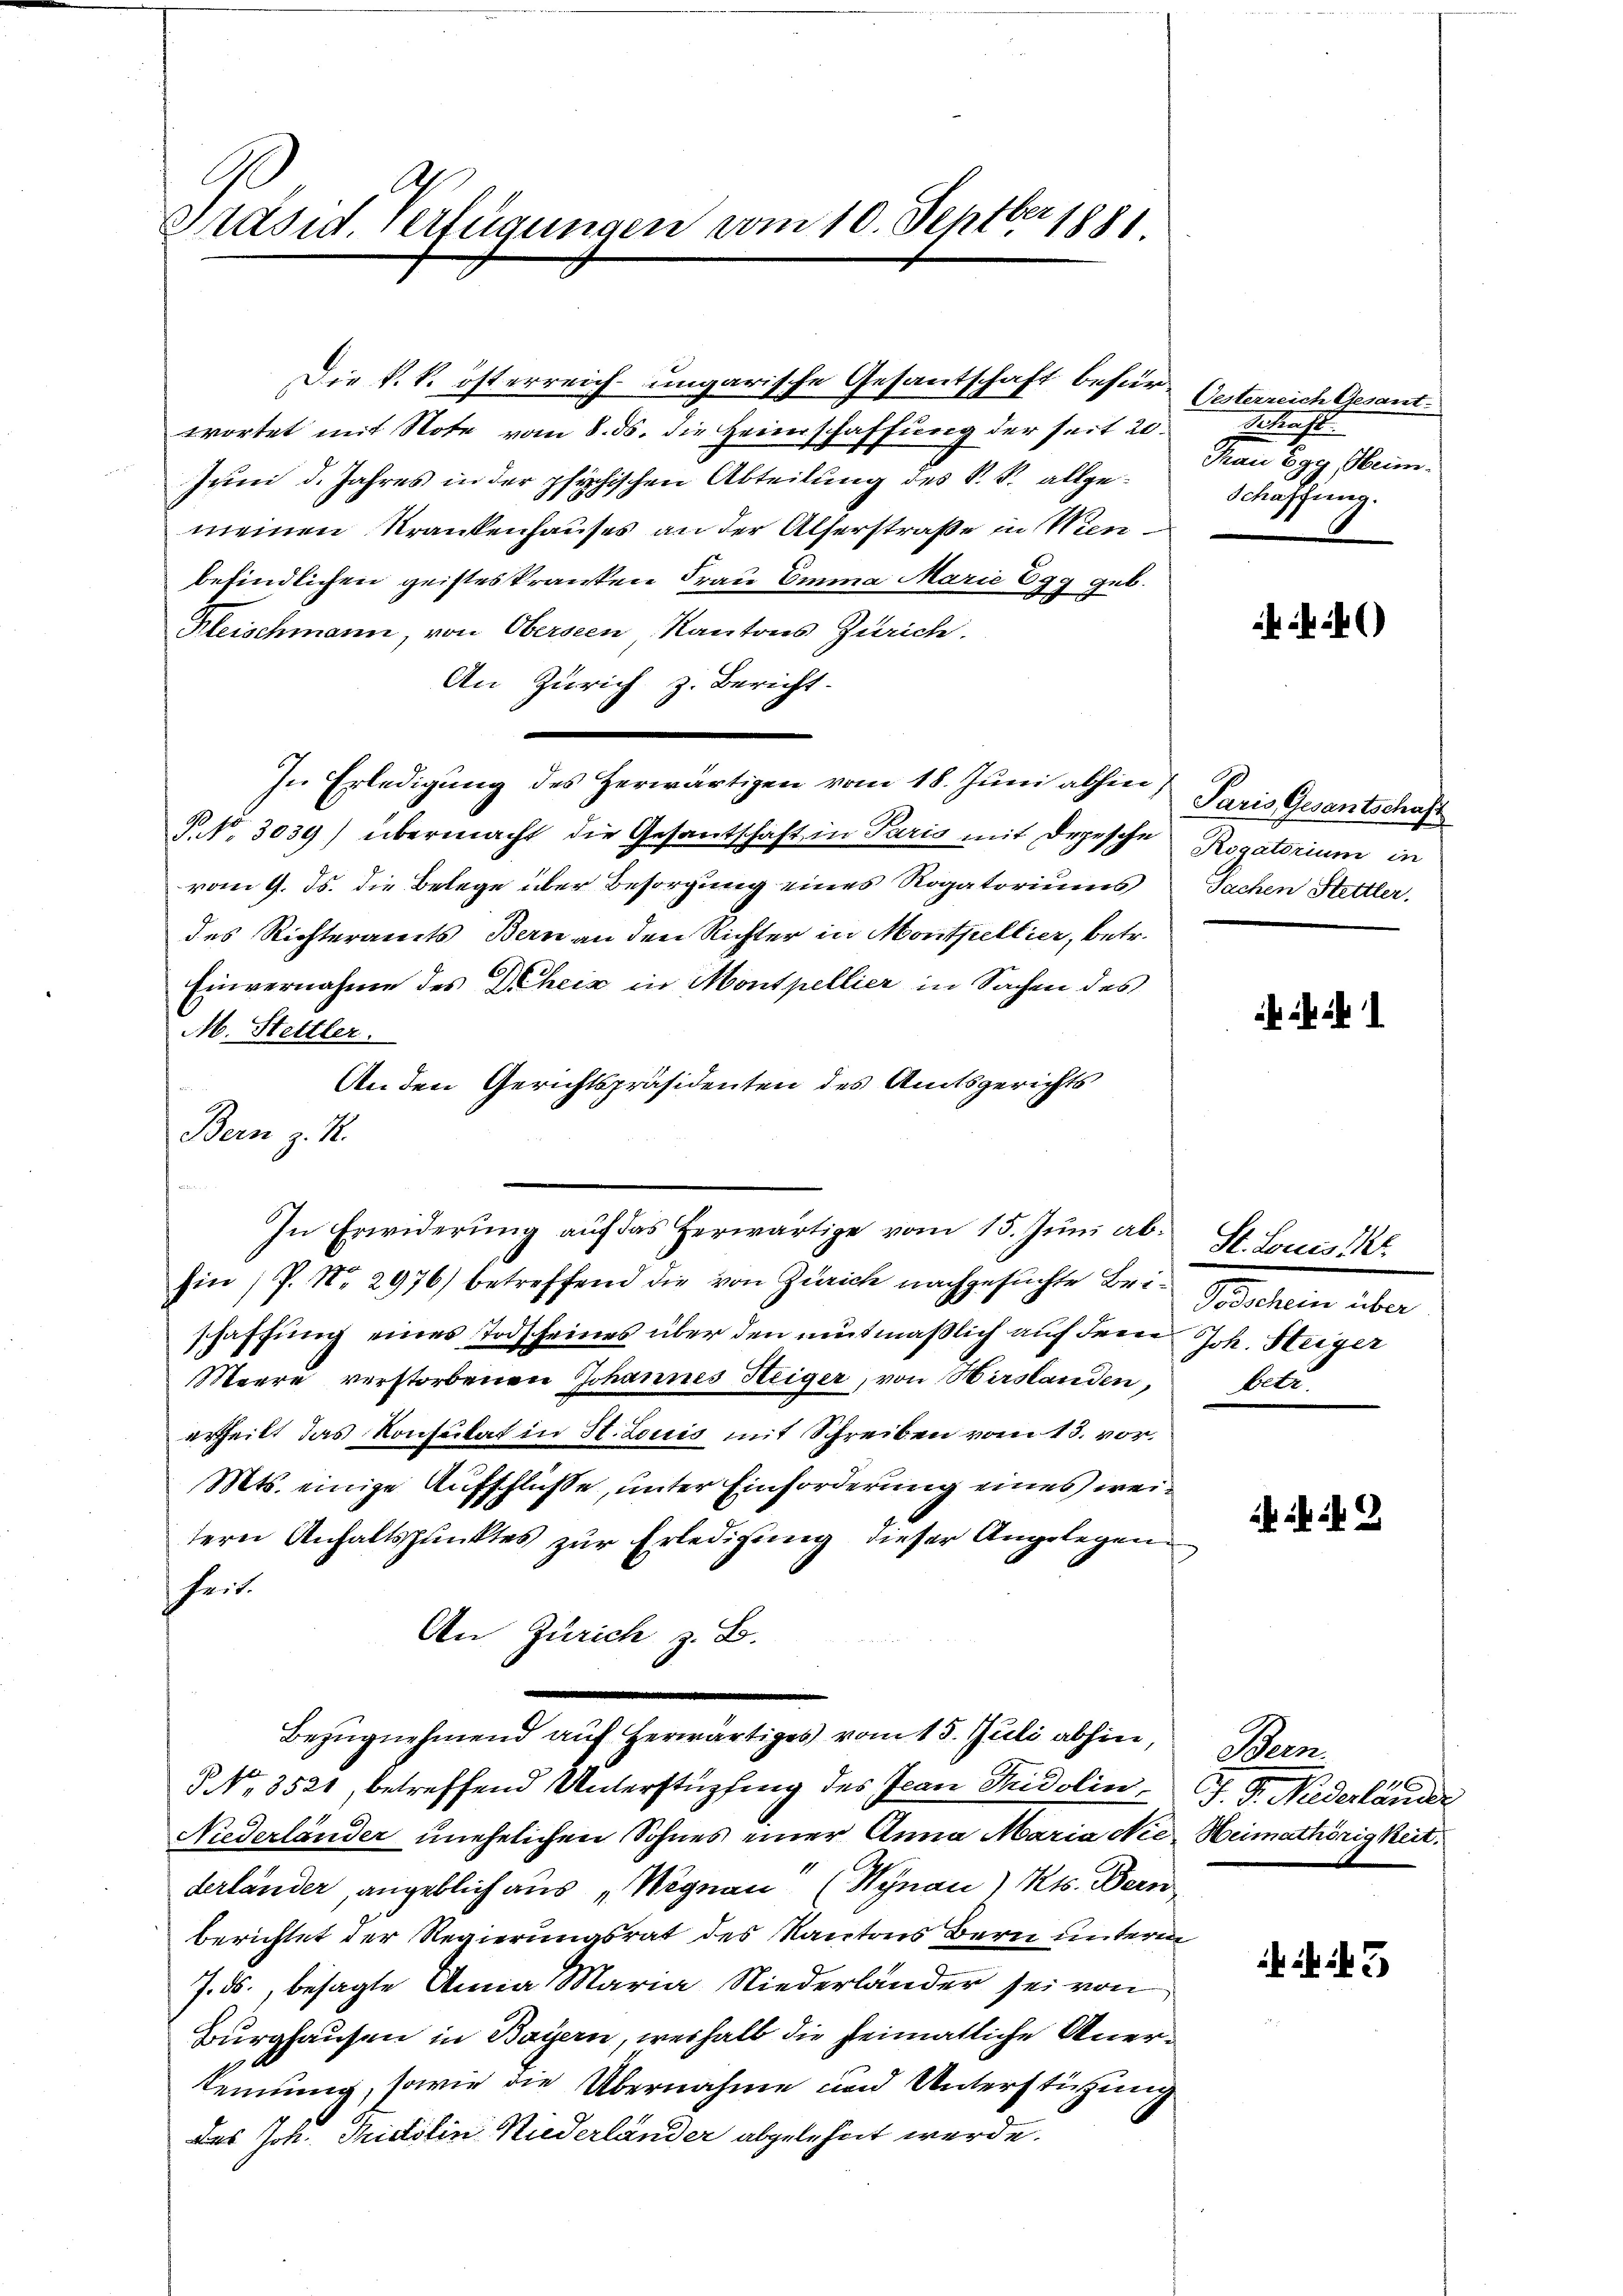
Präsid. Verfügungen vom 10. Septber 1881

Die k. k. österreich ungarische Gesantschaft befür Gesterreich Gesant.
wortet mit Note vom 8. ds. die Heimschaffung der seit 20.
Juni d. Jahres in der psychischen Abteilung des P. R. allgemeinen Krankenhauses an der Alferstraße in Wienbefindlichen geisteskranken Frau Emma Marie Egg geb.
Kleischmann, von Oberseen Kantons Zürich.
An Zürich z. Bericht.
In Erledigung des herwärtigen vom 18. Juni abhin Paris Gesantschaft
P. Nr. 3039) übermacht die Gesantschaft in Paris mit Depesche Rogatorium in
vom 9. ds. die Belege über Besorgung eines Rogatoriums
des Richteramts Bern an den Richter in Montpellier, betr.
Einvernahme des Deheiz in Montpellier in Sachen des
M. Stettler.
An den Gerichtspräsidenten des Amtsgerichts
Bern z. R.
Ein / P. Nr. 2976) betreffend die von Zürich nachgesuchte Bei Todschein über
schaffung eines Todscheines über den mutmaßlich auf dem Joh. Heiger
Maere verstorbenen Johannes Heiger, von Hirslanden,
ertheilt das Konsulat in St. Louis mit Schreiben vom 13. vor.
Mts. einige Aufschlüsse, unter Einforderung eines weitern Anhaltspunktes zur Erledigung dieser Angelegen
heit.
An Zürich z. B.
Bezugnehmend auf herwärtiges vom 15. Juli abhin,
§ No. 3521, betreffend Unterstüpfing des Jean Fridolin
Niederländer unehelichen Sohnes einer Anna Maria die Heimathörigkeit.
derländer, angeblich aus „Wegnau (Wynau) Kts. Bern
berichtet der Regierungsrat des Kantons Bern unterm
J. ds., besagte Anna Maria Niederlander sei von
Burghausen in Bayern, weshalb die heimatliche Anerkennung, sowie die Übernahme und Unterstützung
des Joh. Tristolin Niederländer abgelehnt werde.

In Erwiderung auf das herwärtige vom 15. Jŭni ab. St. Louis

cht
Frau Egg Heim.
Schaffung.

ik)

Sachen Stettler.

h i

betr.

2

Bern.
J. G. Niderländi

3